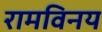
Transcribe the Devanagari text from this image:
रामविनय